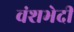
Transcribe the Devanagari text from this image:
वंशभेदी